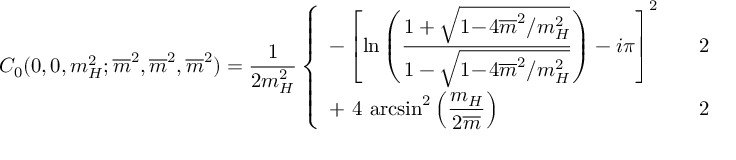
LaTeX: C _ { 0 } ( 0 , 0 , m _ { H } ^ { 2 } ; \overline { { { m } } } ^ { 2 } , \overline { { { m } } } ^ { 2 } , \overline { { { m } } } ^ { 2 } ) = \frac { 1 } { 2 m _ { H } ^ { 2 } } \left\{ \begin{array} { l l } { { \displaystyle - \left[ \mathrm { l n } \left( \frac { 1 + \sqrt { 1 \! - \! 4 \overline { { { m } } } ^ { 2 } / m _ { H } ^ { 2 } } } { 1 - \sqrt { 1 \! - \! 4 \overline { { { m } } } ^ { 2 } / m _ { H } ^ { 2 } } } \right) - i \pi \right] ^ { 2 } } } & { { \displaystyle \quad 2 \frac { \overline { { { m } } } } { m _ { H } } < 1 \, , } } \\ { { \displaystyle + \ 4 \, \arcsin ^ { 2 } \left( \frac { m _ { H } } { 2 \overline { { { m } } } } \right) } } & { { \displaystyle \quad 2 \frac { \overline { { { m } } } } { m _ { H } } \ge 1 \, . } } \end{array} \right.